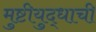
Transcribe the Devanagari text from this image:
मुष्टीयुद्धाची